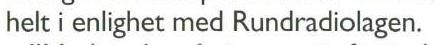
helt i enlighet med Rundradiolagen.